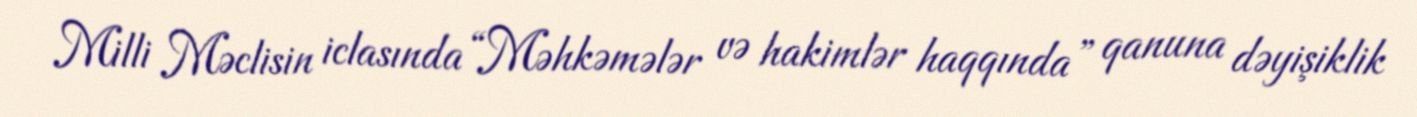
Milli Məclisin iclasında “Məhkəmələr və hakimlər haqqında” qanuna dəyişiklik